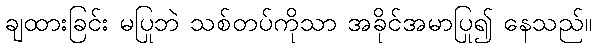
ချထားခြင်း မပြုဘဲ သစ်တပ်ကိုသာ အခိုင်အမာပြု၍ နေသည်။